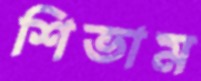
শিভাম